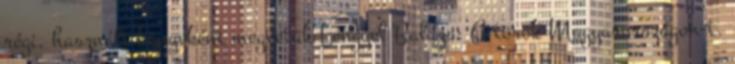
régi, használt könyvként megvetük Lengyel Balázs: A török Magyarországon-t.